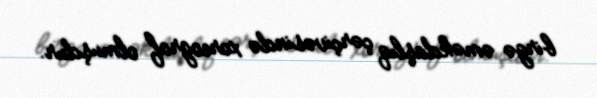
birgə əməkdaşlıq çərçivəsində xoreograf olmuşdur.